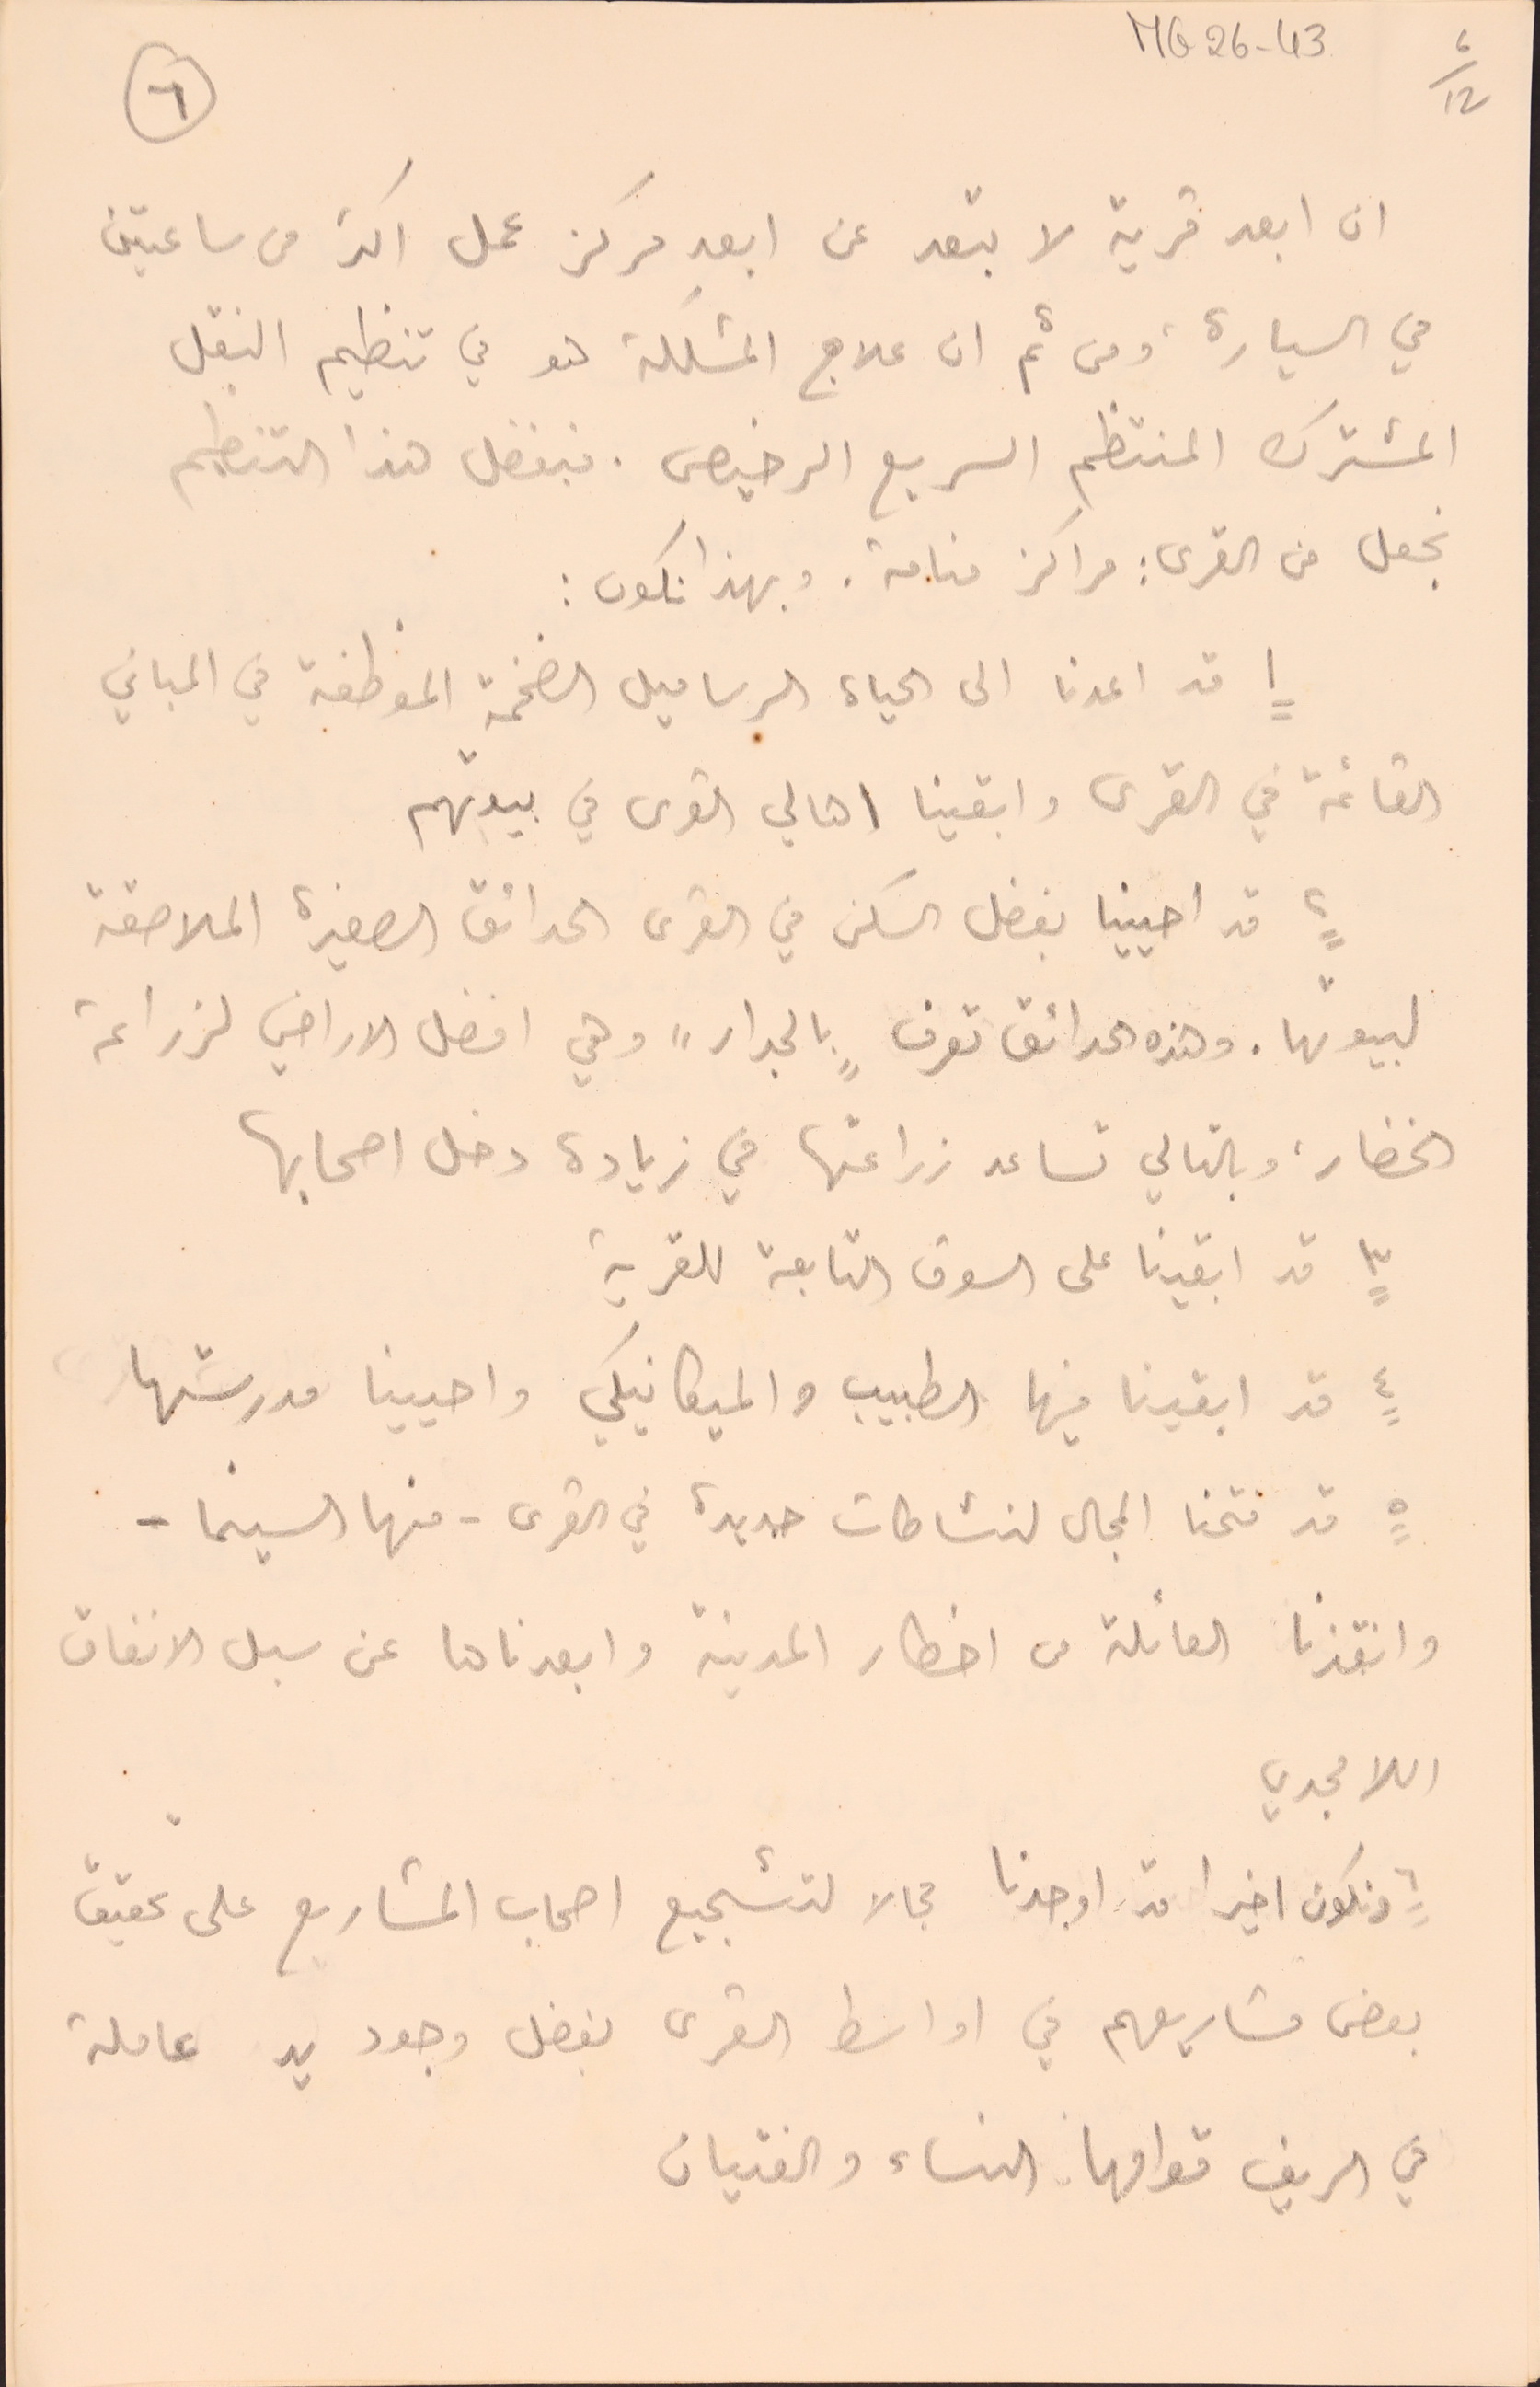
ان ابعد قرية لا تبعد عن ابعد مركز عمل اكثر من ساعتين
في السيارة ، ومن ثم ان علاج المشكلة هو في تنظيم النقل
المشترك المنتظم السريع الرخيص. فبفضل هذا التنظيم
نجعل من القرى: مراكز منامة. وبهذا نكون:
١ قد اعدنا الى الحياة الرساميل الضخمة الموظفة في المباني
القائمة في القرى وابقينا اهالي القرى في بيوتهم
٢ قد احيينا بفضل السكن في القرى الحدائق الصغيرة الملاصقة
لبيوتها. وهذه الحدائق تعرف "بالجدار" وهي افضل الاراضي لزراعة
الخضار، وبالتالي تساعد زراعتها في زيادة دخل اصحابها
٣ قد ابقينا على السوق التابعة للقرية
٤ قد ابقينا فيها الطبيب والميكانيكي واحيينا مدرستها
٥ قد فتحنا المجال لنشاطات جديدة في القرى . منها السينما -
وانقذنا العائلة من اخطار المدينة وابعدناها عن سبل الانفاق
اللامجدي
٦ ونكون اخيرا قد اوجدنا مجالا لتشجيع اصحاب المشاريع على تحقيق
بعض مشاريعهم في اواسط القرى بفضل وجود يد عاملة
في الريف قوامها النساء والفتيان
٦
MG26-43   6/12